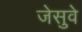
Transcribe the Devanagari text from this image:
जेसुवे